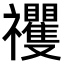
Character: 𥜵